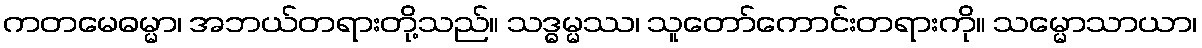
ကတမေဓမ္မာ၊ အဘယ်တရားတို့သည်။ သဒ္ဓမ္မဿ၊ သူတော်ကောင်းတရားကို။ သမ္မောသာယာ၊